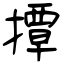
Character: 撢